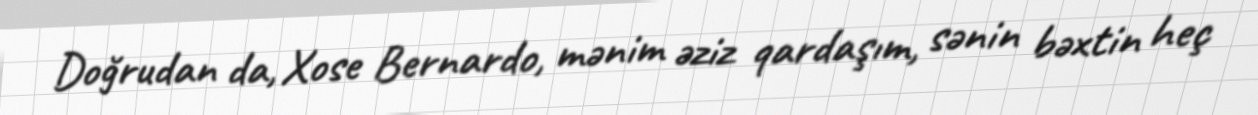
Doğrudan da, Xose Bernardo, mənim əziz qardaşım, sənin bəxtin heç